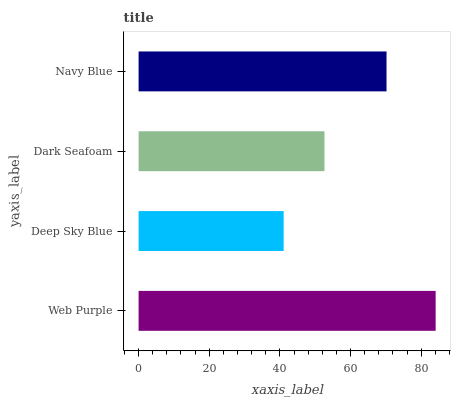
| yaxis_label | bars |
 | --- | --- |
 | Web Purple | 84.1 |
 | Deep Sky Blue | 41.1 |
 | Dark Seafoam | 52.6 |
 | Navy Blue | 70.2 |